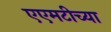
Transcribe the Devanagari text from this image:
एएमटीच्या